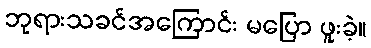
ဘုရားသခင်အကြောင်း မပြော ဖူးခဲ့။